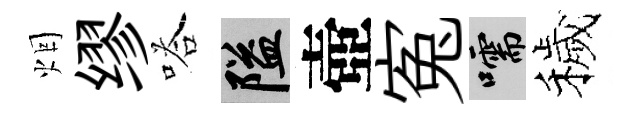
烟缪嗒隘壺寃嚅穢